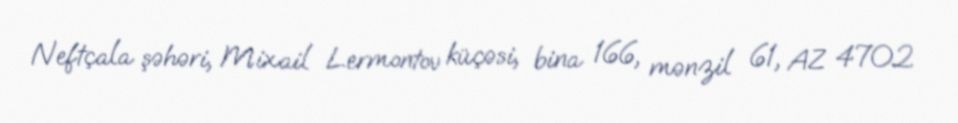
Neftçala şəhəri, Mixail Lermontov küçəsi, bina 166, mənzil 61, AZ 4702